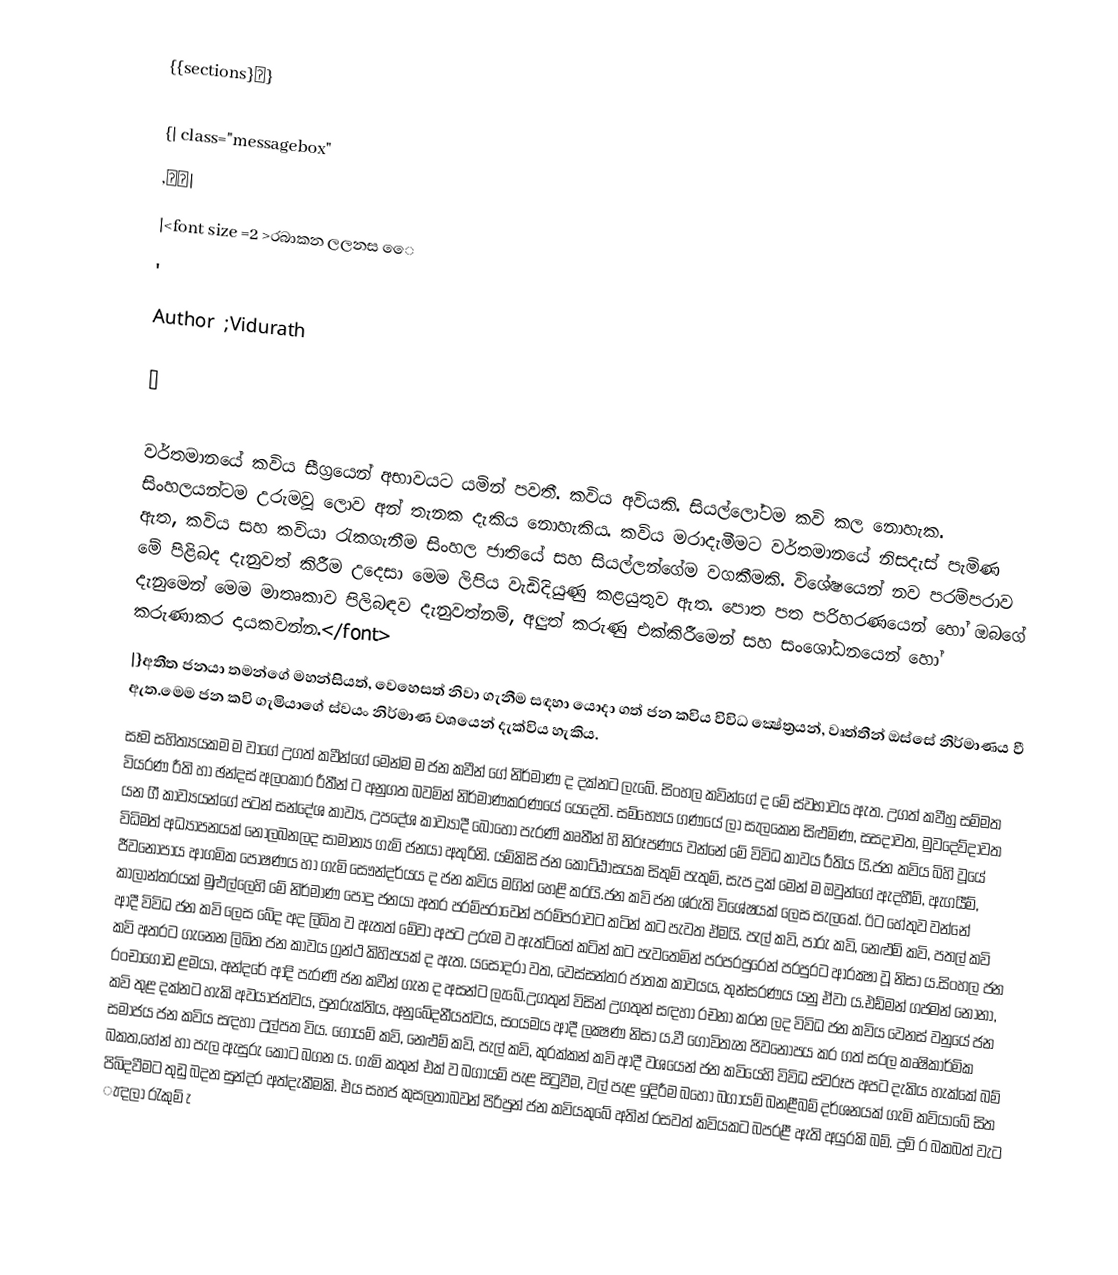
{{sections}💓}

{| class="messagebox"
 ,📣📣|
 |<font size =2 >රබාකන ලලනස ⁣ෛ
'
Author    ;Vidurath

🌏

වර්තමානයේ කවිය සීග්‍රයෙන් අභාවයට යමින් පවතී. කවිය අවියකි. සියල්ලෝටම කවි කල නොහැක. සිංහලයන්ටම උරුමවූ ලොව අන් තැනක දැකිය නොහැකිය. කවිය මරාදැමීමට වර්තමානයේ නිසදැස් පැමිණ ඇත, කවිය සහ කවියා රැකගැනීම සිංහල ජාතියේ සහ සියල්ලන්ගේම වගකීමකි. විශේෂයෙන් නව පරම්පරාව මේ පිළිබද දැනුවත් කිරීම උදෙසා මෙම ලිපිය වැඩිදියුණු කළයුතුව ඇත. පොත පත පරිහරණයෙන් හෝ ඔබගේ දැනුමෙන් මෙම මාතෘකාව පිලිබඳව දැනුවත්නම්, අලුත් කරුණු එක්කිරීමෙන් සහ සංශෝධනයෙන් හෝ කරුණාකර  දායකවන්න.</font>
|}අතීත ජනයා තමන්ගේ මහන්සියත්, වෙහෙසත් නිවා ගැනීම සඳහා යොදා ගත් ජන කවිය විවිධ ක්‍ෂේත්‍රයන්, වෘත්තීන් ඔස්සේ නිර්මාණය වී ඇත.මෙම ජන කවි ගැමියාගේ ස්වයං නිර්මාණ වශයෙන් දැක්විය හැකිය.
සෑම සහිත්‍යයකම ම වාගේ උගත් කවීන්ගේ මෙන්ම ම ජන කවීන් ගේ නිර්මාණ ද දක්නට ලැබේ. සිංහල කවින්ගේ ද මේ ස්වභාවය ඇත. උගත් කවීහු සම්මත වියරණ රීති හා ඡන්දස් අලංකාර රීතීන් ට අනුගත බවමින් නිර්මාණකරණයේ යෙදෙති. සම්භෞය ගණයේ ලා සැලකෙන සිළුමිණ, සසදාවත, මුවදෙව්දාවත යන ගී කාව්‍යයන්ගේ පටන් සන්දේශ කාව්‍ය, උපදේශ කාව්‍යාදී  බොහෝ පැරණි කෘතීන් හි නිරූපණය වන්නේ මේ විවිධ කාවය රීතිය යි.ජන කවිය බිහි වූයේ විධිමත් අධ්‍යාපනයක් නොලබනලද සාමාන්‍ය ගැමි ජනයා අතුරිනි. යම්කිසි ජන කොට්ඨාසයක සිතුම් පැතුම්, සැප දුක් මෙන් ම ඔවුන්ගේ ඇදහීම්, ඇගයීම්, ජීවනෝපාය ආගමික පෝෂණය හා ගැමි සෞන්දර්යය ද ජන කවිය මගින් හෙළි කරයි.ජන කවි ජන ශ්රුති විශේෂයක් ලෙස සැලකේ. ඊට හේතුව වන්නේ කාලාන්තරයක් මුළුල්ලෙහි මේ නිර්මාණ  පොදු ජනයා අතර පරම්පරාවෙන් පරම්පරාවට කටින් කට පැවත ඒමයි. පැල් කවි, පාරු කවි, නෙළුම් කවි, පතල් කවි ආදී විවිධ ජන කවි ලෙස බේද අද ලිඛිත ව ඇතත් මේවා අපට උරුම ව ඇත්ට්තේ කටින් කට පැවතෙමින් පරපරපුරෙන් පරපුරට ආරක්‍ෂා වූ නිසා ය.සිංහල ජන කවි අතරට ගැනෙන ලිඛිත ජන කාවය ග්‍රන්ථ කිහිපයක් ද ඇත. යසෝදරා වත, වෙස්සන්තර ජාතක කාවයය, තුන්සරණය යනු ඒවා ය.එඩ්මන් ගජමන් නෝනා, රංචාගොඩ ළමයා, අන්දරේ ආදි පැරණි ජන කවීන් ගැන ද අසන්ට ලැබේ.උගතුන් විසින් උගතුන් සඳහා රචනා කරන ලද විවිධ ජන කවිය වෙනස් වනුයේ ජන කවි තුළ දක්නට හැකි අවයාජත්වය, පුනරුක්තිය, අනුබේදනීයත්වය, සංයමය ආදී ලක්‍ෂණ නිසා ය.වී ගොවිතැන ජිවනොපය කර ගත් සරල කෘෂිකාර්මික සමාජය ජන කවිය සඳහා උල්පත විය. ගොයම් කවි, නෙළුම් කවි, පැල් කවි, කුරක්කන් කවි ආදී වශයෙන් ජන කවියෙහි විවිධ ස්වරූප අපට දැකිය හැක්කේ බම් බකත,හේන් හා පැල ඇසුරු කොට බගන ය. ගැමි කතුන් එක් ව බගායම් පැළ සිටුවීම, වල් පැළ ඉදිරීම බහෝ බගායම් බනළීබම් දර්ශනයක් ගැමි කවියාබේ සිත පිබිදවීමට තුඩු බදන සුන්දර අත්දැකීමකි. එය සහජ කුසලතාබවන් පිරිපුන් ජන කවියකුබේ අතින් රසවත් කවියකට බපරළී ඇති අයුරකි බම්. දුම් ර බකබත් වැට  ැඳලා රැකුම්   ැ